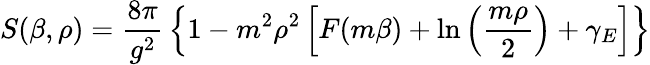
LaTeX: S(\beta,\rho)={\frac{8\pi}{g^{2}}}\left\{ 1-m^{2}\rho^{2}\left[F(m\beta)+\ln\left({\frac{m\rho}{2}}\right)+\gamma_{E}\right]\right\}